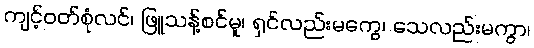
ကျင့်ဝတ်စုံလင်၊ ဖြူသန့်စင်မူ၊ ရှင်လည်းမကွေ၊ သေလည်းမကွာ၊